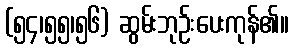
(၅၄၊၅၅၊၅၆) ဆွမ်းဘုဉ်းပေးကုန်၏။